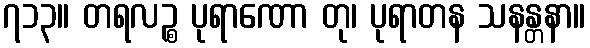
၇၁၃။ တရလဉ္စ ပုရာဏော တု၊ ပုရာတန သနန္တနာ။